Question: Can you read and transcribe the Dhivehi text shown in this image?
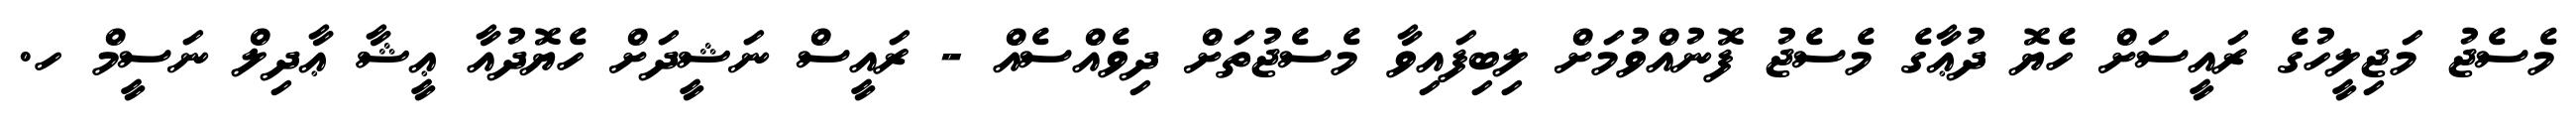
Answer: މެސެޖު މަޖިލީހުގެ ރައީސަށް ހެޔޮ ދުޢާގެ މެސެޖު ފޮނުއްވުމަށް ލިބިފައިވާ މެސެޖުތަށް ދިވެއްސެއް - ރައީސް ނަޝީދަށް ހެޔޮދުއާ ޢީޝާ ޢާދިލް ނަސީމް ހ.